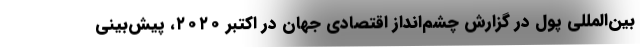
بین‌المللی پول در گزارش چشم‌انداز اقتصادی جهان در اکتبر ۲۰۲۰، پیش‌بینی